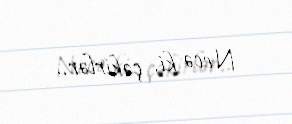
Necə ki, çəkirlər..